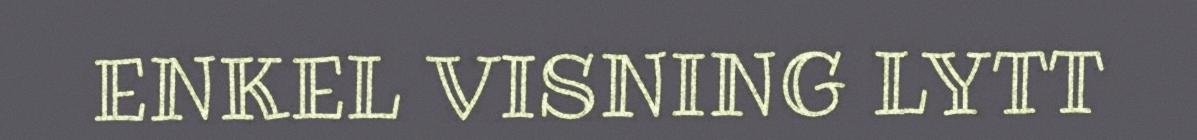
ENKEL VISNING LYTT